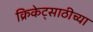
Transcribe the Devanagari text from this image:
क्रिकेट्साठीच्या